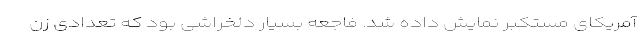
آمریکای مستکبر نمایش داده شد. فاجعه بسیار دلخراشی بود که تعدادی زن